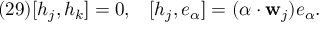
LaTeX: ( 2 9 ) [ h _ { j } , h _ { k } ] = 0 , \; \; \; [ h _ { j } , e _ { \alpha } ] = ( \alpha \cdot { \bf w } _ { j } ) e _ { \alpha } .